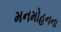
મનમોહનના